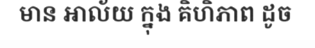
មាន អាល័យ ក្នុង គិហិភាព ដូច